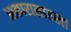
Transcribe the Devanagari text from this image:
आकारासारखा